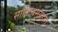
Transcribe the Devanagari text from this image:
साहित्यसंग्रहात